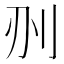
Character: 𠛂